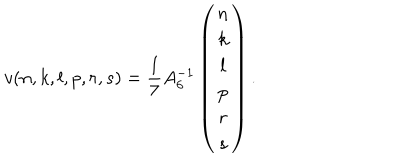
v ( n , k , l , p , r , s ) = \frac { 1 } { 7 } A _ { 6 } ^ { - 1 } \left( \begin{array} { c } { { n } } \\ { { k } } \\ { { l } } \\ { { p } } \\ { { r } } \\ { { s } } \\ \end{array} \right) .